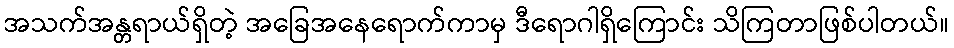
အသက်အန္တရာယ်ရှိတဲ့ အခြေအနေရောက်ကာမှ ဒီရောဂါရှိကြောင်း သိကြတာဖြစ်ပါတယ်။